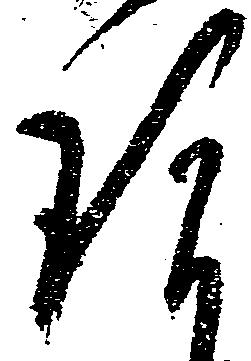
後